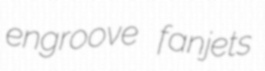
engroove fanjets